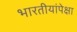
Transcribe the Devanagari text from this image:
भारतीयांपेक्षा